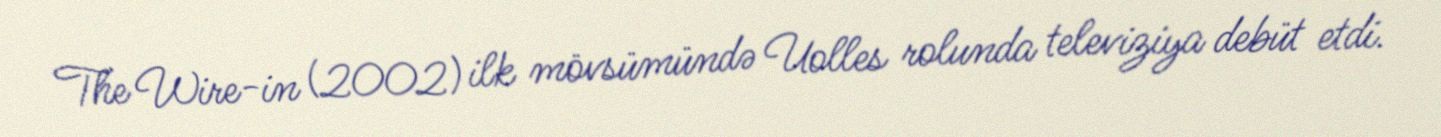
The Wire-in (2002) ilk mövsümündə Uolles rolunda televiziya debüt etdi.